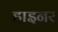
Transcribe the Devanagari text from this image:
हाइनर